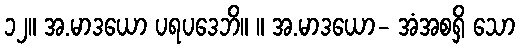
၁၂။ အ.မာဒယော ပရပဒေဘိ။ ။ အ.မာဒယော- အံအစရှိ သော